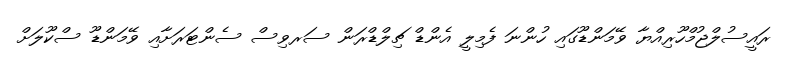
ރައީސުލްޖުމްހޫރިއްޔާ ވޭމަންޑޫގައި ހުންނަ ފެމިލީ އެންޑް ޗިލްޑްރަން ސަރވިސް ސެންޓަރަށާއި ވޭމަންޑޫ ސްކޫލަށް